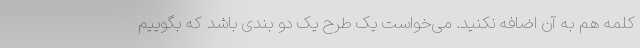
کلمه هم به آن اضافه نکنید. می‌خواست یک طرح یک دو بندی باشد که بگوییم